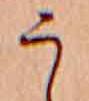
う